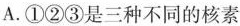
A.①②③是三种不同的核素